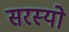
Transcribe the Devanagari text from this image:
सरस्‍यो